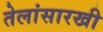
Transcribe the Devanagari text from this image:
तेलांसारखी